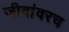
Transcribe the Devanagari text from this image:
जीवांवरच